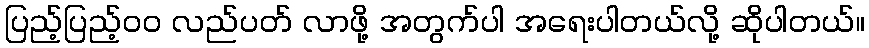
ပြည့်ပြည့်ဝဝ လည်ပတ် လာဖို့ အတွက်ပါ အရေးပါတယ်လို့ ဆိုပါတယ်။